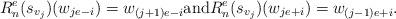
LaTeX: \begin{align*}R^e_n(s_{v_j}) (w_{je-i})=w_{(j+1)e-i} \mbox{and}R^e_n(s_{v_j})(w_{je+i})=w_{(j-1)e+i}.\end{align*}